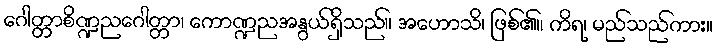
ဂေါတ္တာစိဏ္ဍညဂေါတ္တာ၊ ကောဏ္ဍညအနွယ်ရှိသည်။ အဟောသိ၊ ဖြစ်၏။ ကိရ၊ မည်သည်ကား။